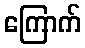
ကြောက်